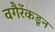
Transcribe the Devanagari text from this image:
वगैरेंकडून